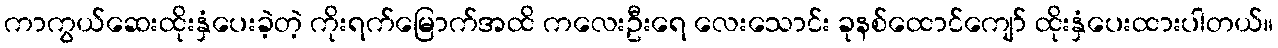
ကာကွယ်ဆေးထိုးနှံပေးခဲ့တဲ့ ကိုးရက်မြောက်အထိ ကလေးဦးရေ လေးသောင်း ခုနစ်ထောင်ကျော် ထိုးနှံပေးထားပါတယ်။